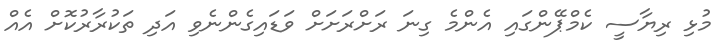
މުޅި ރިޔާސީ ކެމްޕޭންގައި އެންމެ ގިނަ ރަށްރަށަށް ވަޑައިގެންނެވި އަދި ތަކުރާރުކޮށް އެއް